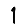
Digit: 1